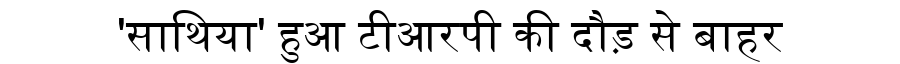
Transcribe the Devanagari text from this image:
'साथिया' हुआ टीआरपी की दौड़ से बाहर